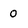
Character: 0